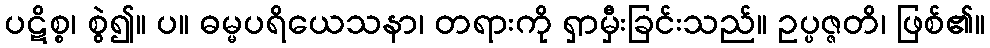
ပဋိစ္စ၊ စွဲ၍။ ပ။ ဓမ္မပရိယေသနာ၊ တရားကို ရှာမှီးခြင်းသည်။ ဥပ္ပဇ္ဇတိ၊ ဖြစ်၏။